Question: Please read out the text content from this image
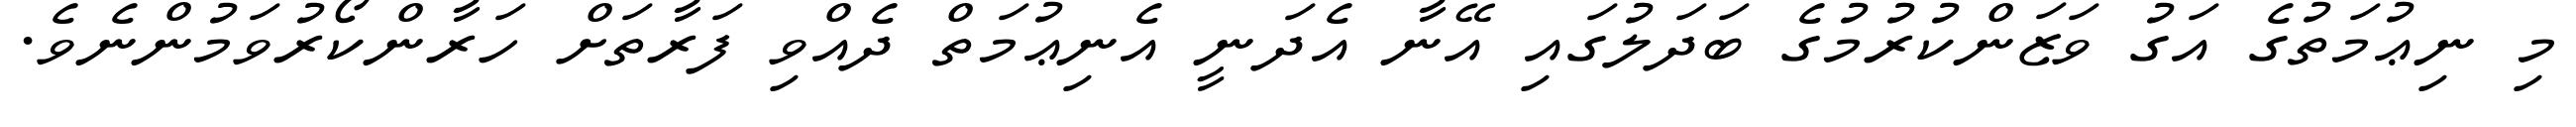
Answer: މި ނިޢުމަތުގެ އަގު ވަޒަންކުރުމުގެ ބަދަލުގައި އޭނާ އެދަނީ އެނިޢުމަތް ދެއްވި ފަރާތަށް ހަރާންކޯރުވަމުންނެވެ.